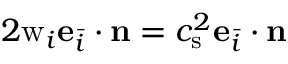
2 \mathrm { w } _ { i } \mathbf { e } _ { \bar { i } } \cdot \mathbf { n } = c _ { \mathrm { s } } ^ { 2 } \mathbf { e } _ { \bar { i } } \cdot \mathbf { n }